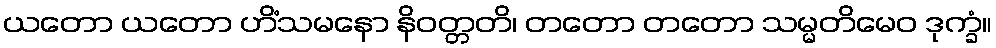
ယတော ယတော ဟိံသမနော နိဝတ္တတိ၊ တတော တတော သမ္မတိမေဝ ဒုက္ခံ။